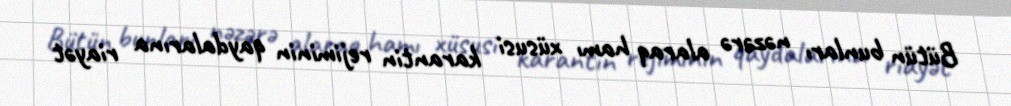
Bütün bunları nəzərə alaraq hamı xüsusi karantin rejiminin qaydalarına riayət